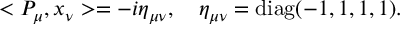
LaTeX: < P _ { \mu } , x _ { \nu } > = - i \eta _ { \mu \nu } , \quad \eta _ { \mu \nu } = \mathrm { d i a g } ( - 1 , 1 , 1 , 1 ) .